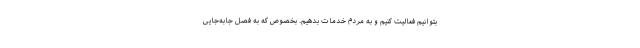
بتوانیم فعالیت کنیم و به مردم خدمات بدهیم. بخصوص که به فصل جابه‌جایی